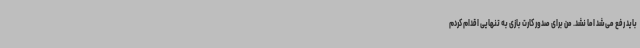
باید رفع می‌شد اما نشد. من برای صدور کارت بازی به تنهایی اقدام کردم